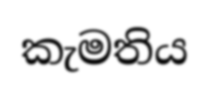
කැමතිය